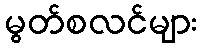
မွတ်စလင်များ